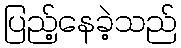
ပြည့်နေခဲ့သည်